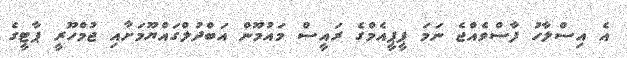
އެ އިސްލާހު ފާސްވެއްޖެ ނަމަ ޕީޕީއެމްގެ ރައީސް މައުމޫން އަބްދުލްގައްޔޫމަށާއި ޖުމްހޫރީ ޕާޓީގެ